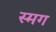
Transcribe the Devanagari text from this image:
स्मग